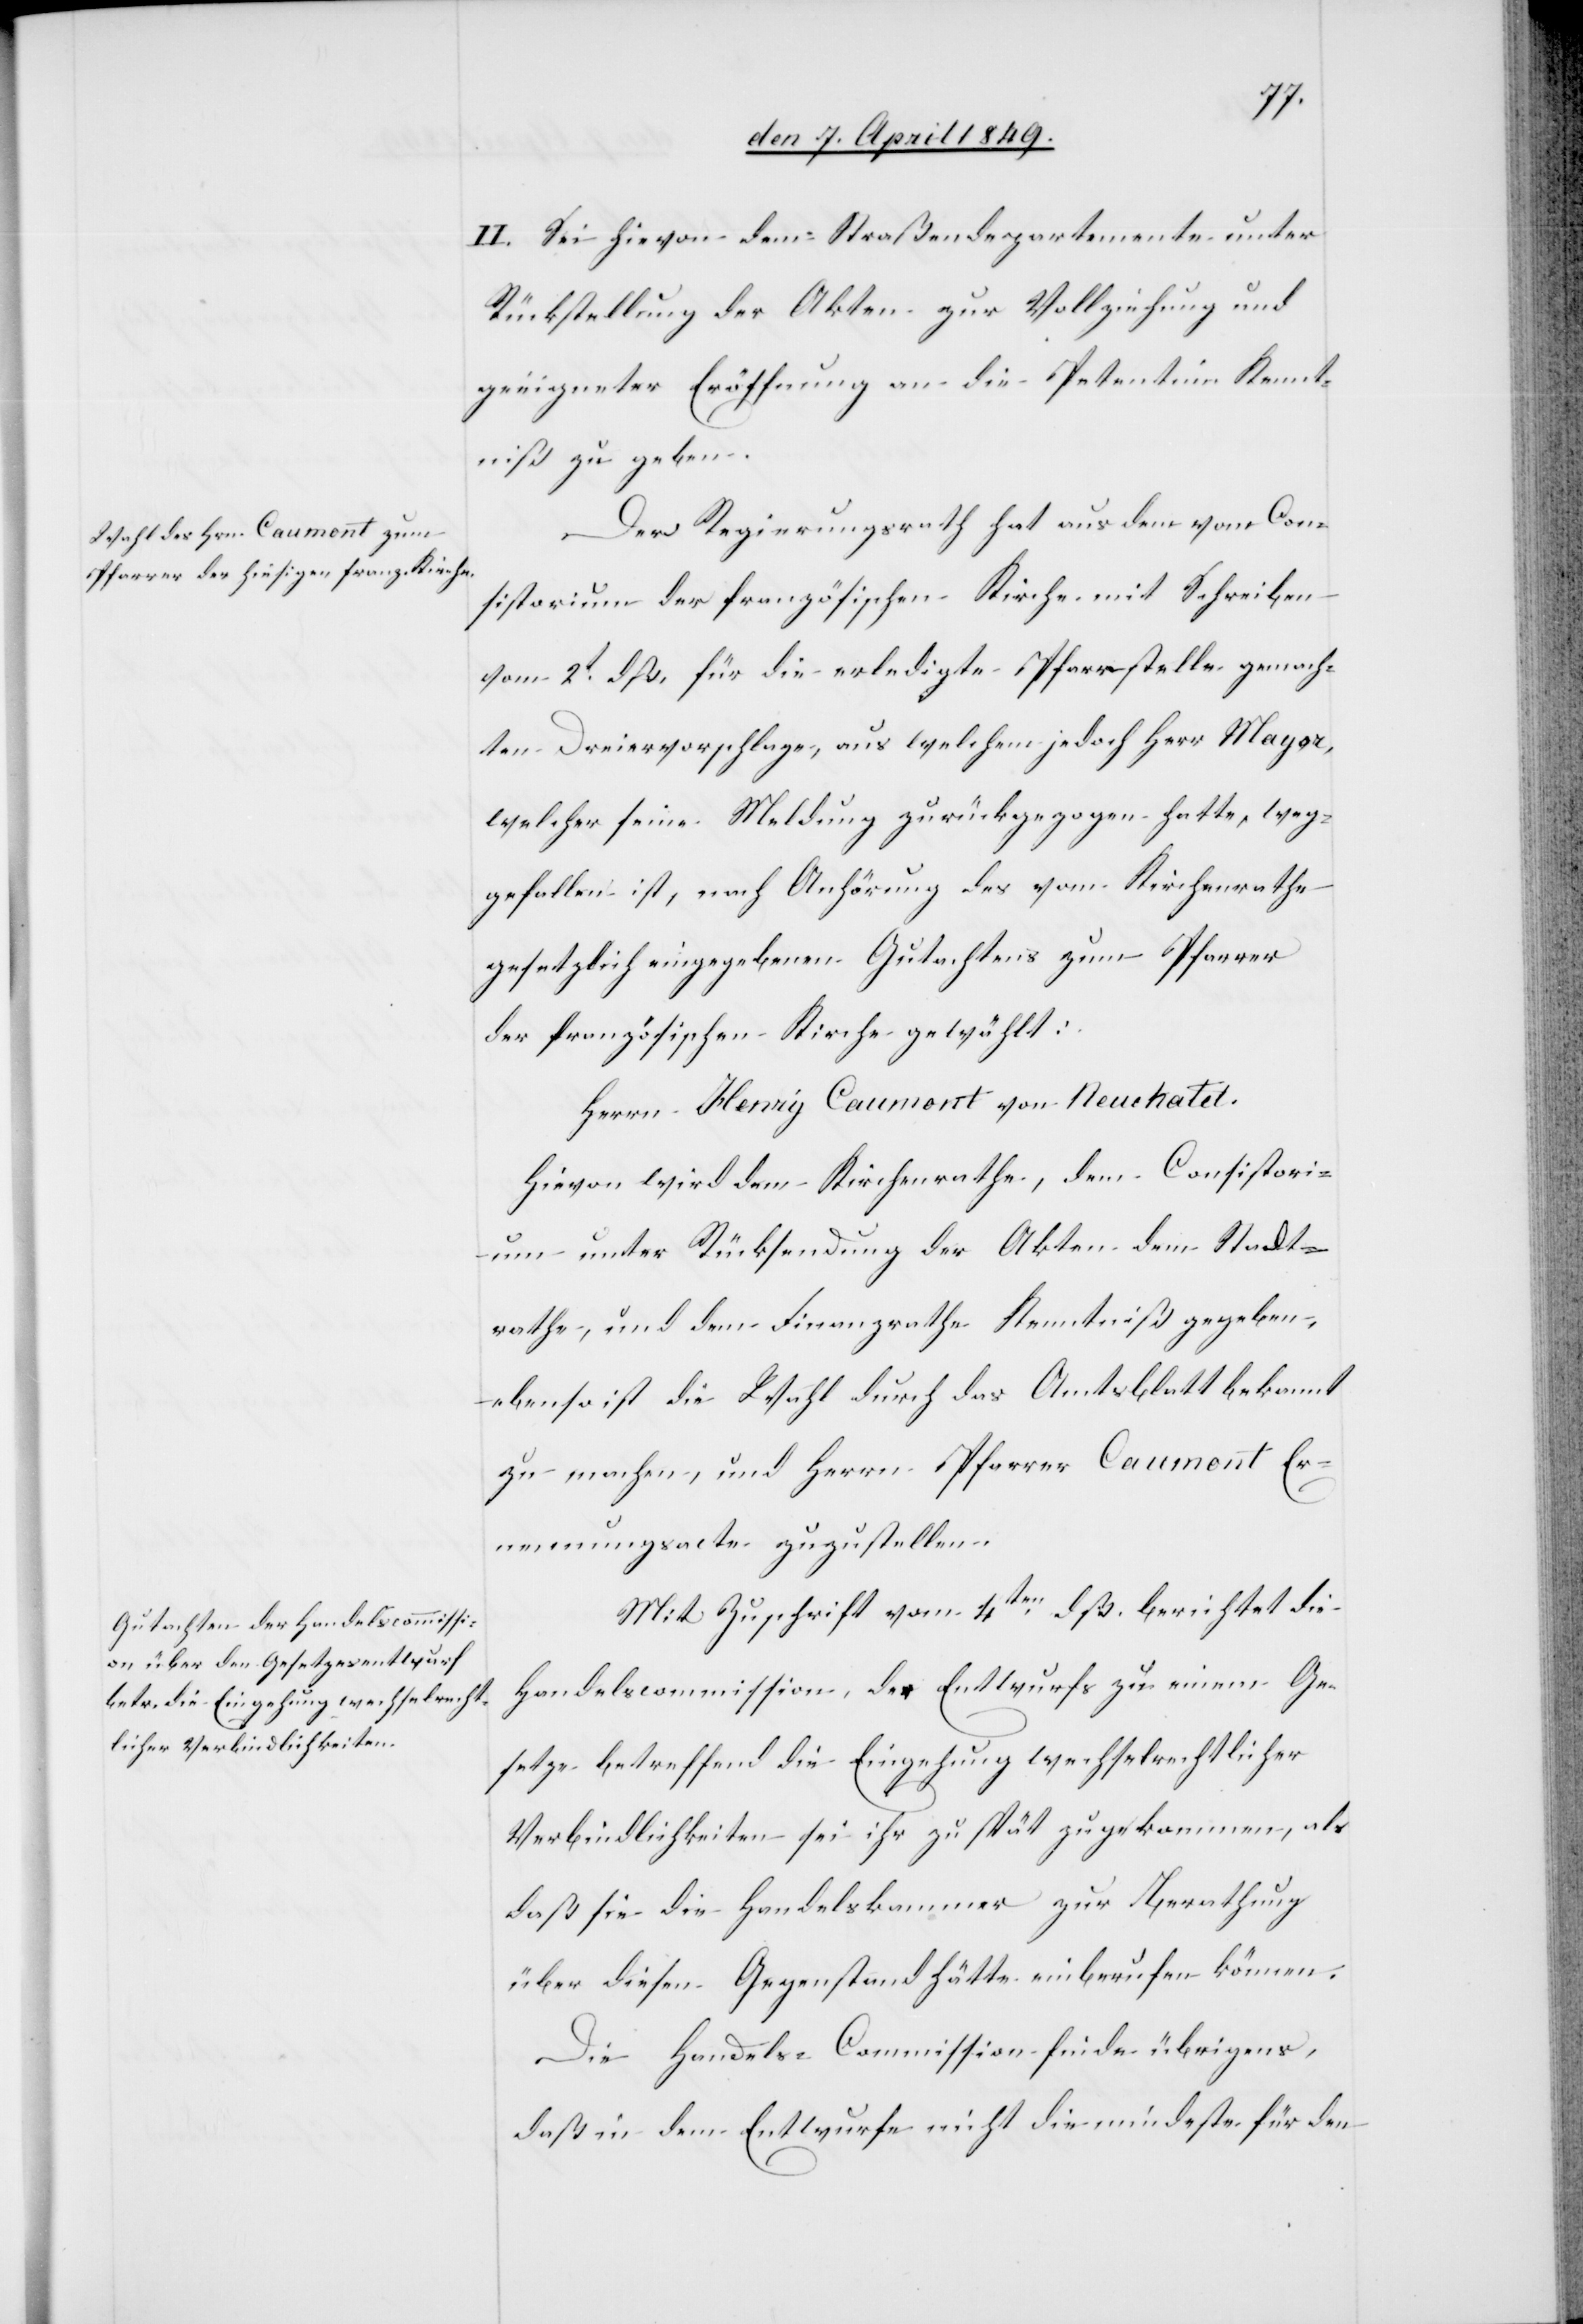
II. Sei hievon dem Straßendepartemente unter
Rückstellung der Akten zur Vollziehung und
geeigneter Eröffnung an die Petentinn Kennt¬
niß zu geben.
Der Regierungsrath hat aus dem vom Con¬
sistorium der französischen Kirche mit Schreiben
vom 2t dß. für die erledigte Pfarrstelle gemach¬
ten Dreiervorschlage, aus welchem jedoch Herr Major,
welcher seine Meldung zurückgezogen hatte, weg¬
gefallen ist, nach Anhörung des vom Kirchenrathe
gesetzlich eingegebenen Gutachtens zum Pfarrer
der französischen Kirche gewählt:
Herrn Henry Caumont von Neuchatel.
Hievon wird dem Kirchenrathe, dem Consistori¬
um unter Rücksendung der Akten dem Stadt¬
rathe, und dem Finanzrathe Kenntniß gegeben,
ebenso ist die Wahl durch das Amtsblatt bekannt
zu machen, und Herrn Pfarrer Caumont Er¬
nennungsacte zuzustellen.
Mit Zuschrift vom 4ten dß. berichtet die
Handelscommission, der Entwurfs [sic!] zu einem Ge¬
setze betreffend die Eingehung wechselrechtlicher
Verbindlichkeiten sei ihr zu spät zugekommen, als
daß sie die Handelskammer zur Berathung
über diesen Gegenstand hätte einberufen können.
Die Handels-Commission finde übrigens,
daß in dem Entwurfe nicht die mindeste für den